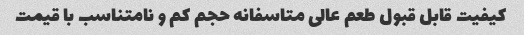
کیفیت قابل قبول طعم عالی متاسفانه حجم کم و نامتناسب با قیمت